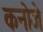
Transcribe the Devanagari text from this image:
कनोजे